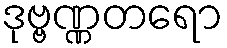
ဒုဗ္ဗဏ္ဏတရော